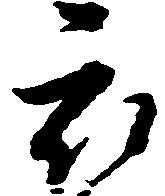
被